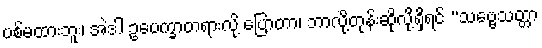
ပစ်မထားဘူး၊ အဲဒါ ဥပေက္ခာတရားလို့ ပြောတာ၊ ဘာလို့တုန်းဆိုလို့ရှိရင် “သဗ္ဗေသတ္တာ